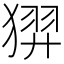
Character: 𱮑